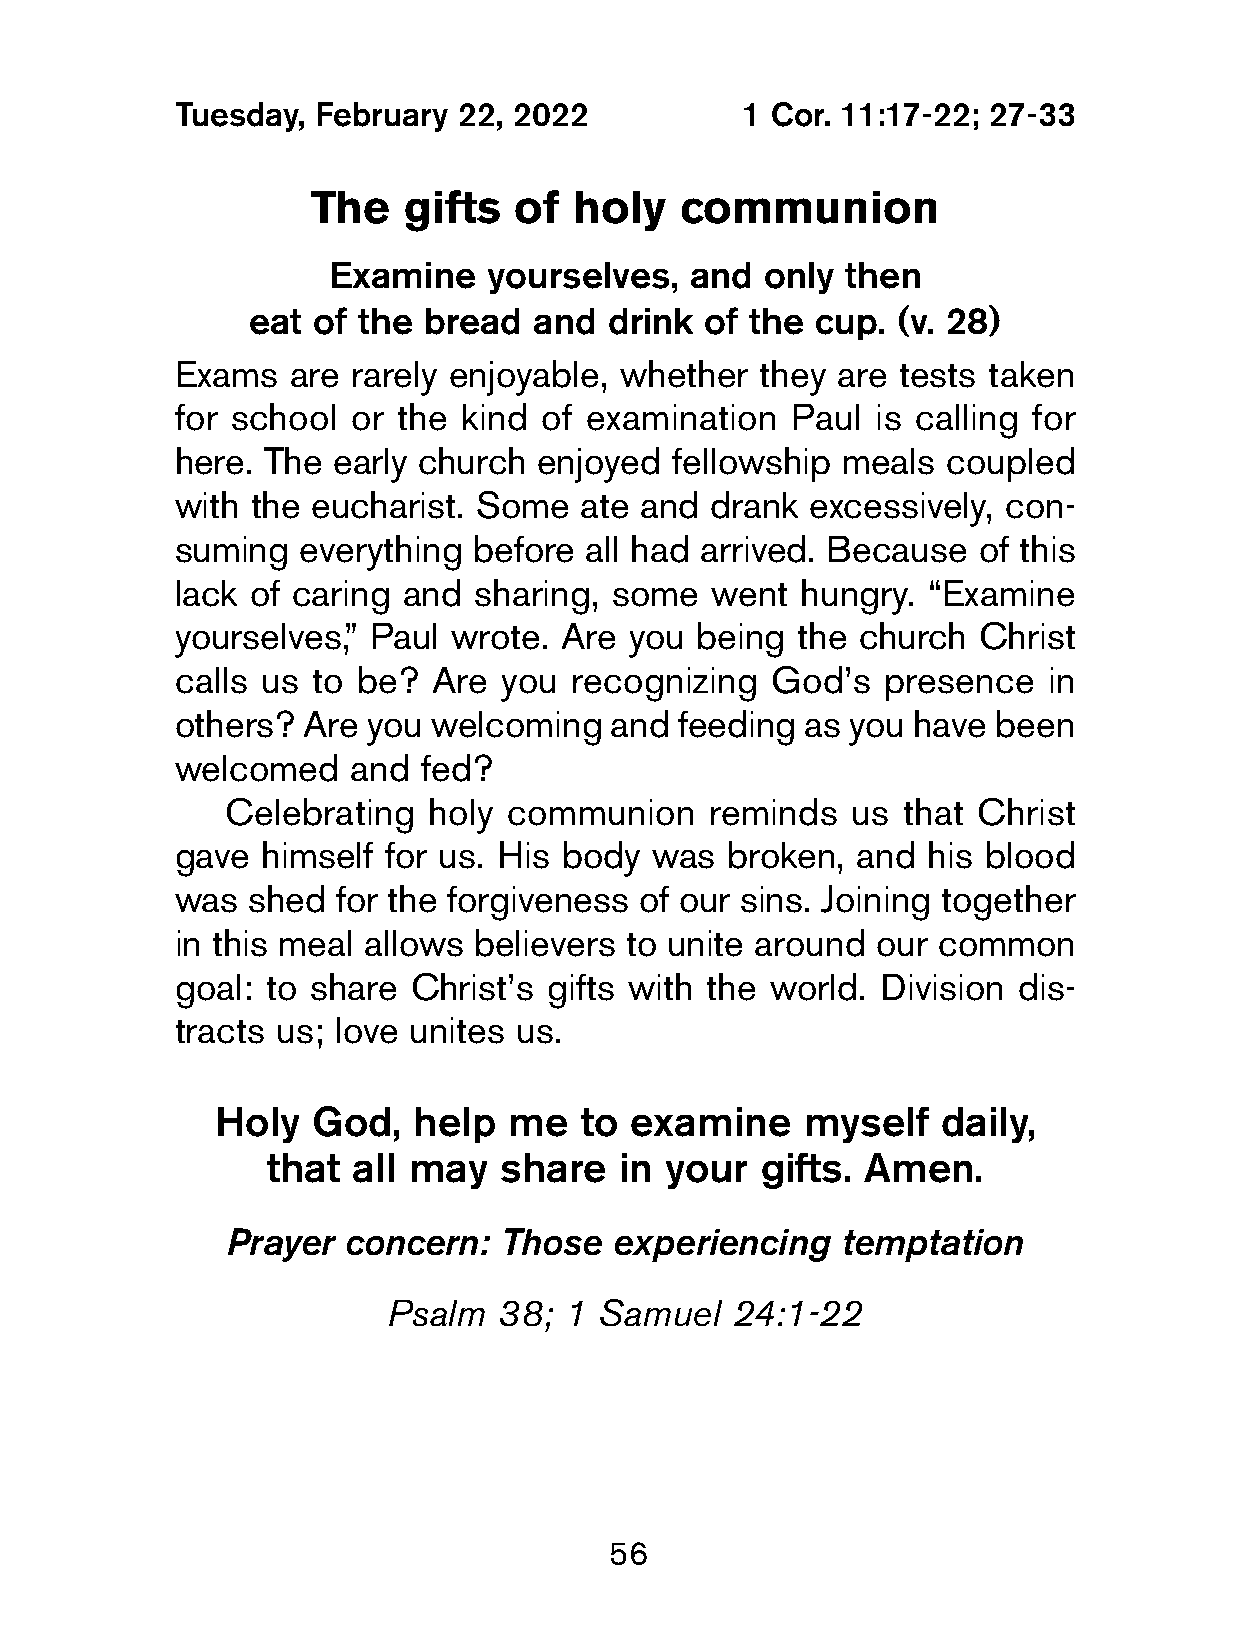
Tuesday,  February 22, 2022           1 Cor. 11:17-22; 27-33
 The   gifts  of  holy   communion
 Examine   yourselves,   and only  then
 eat  of the bread  and  drink  of the cup. (v. 28)
 Exams   are rarely enjoyable, whether  they are tests taken
 for school  or the kind  of examination  Paul  is calling for
 here. The  early church enjoyed  fellowship  meals  coupled
 with  the eucharist. Some  ate and  drank excessively, con-
 suming   everything before  all had arrived. Because  of this
 lack of caring  and sharing, some   went  hungry. “Examine
 yourselves,” Paul  wrote. Are  you being  the church  Christ
 calls us  to be?  Are you  recognizing  God’s  presence   in
 others?  Are you welcoming   and  feeding as you have  been
 welcomed    and  fed?
 Celebrating  holy communion     reminds  us  that Christ
 gave  himself for us. His body  was  broken,  and his blood
 was  shed  for the forgiveness of our sins. Joining together
 in this meal allows believers to unite around  our common
 goal:  to share Christ’s gifts with the world. Division dis-
 tracts us; love unites us.
 Holy   God,  help   me  to  examine    myself   daily,
 that all may   share   in your  gifts. Amen.
 Prayer  concern:  Those   experiencing   temptation
 Psalm  38; 1  Samuel  24:1-22
 56